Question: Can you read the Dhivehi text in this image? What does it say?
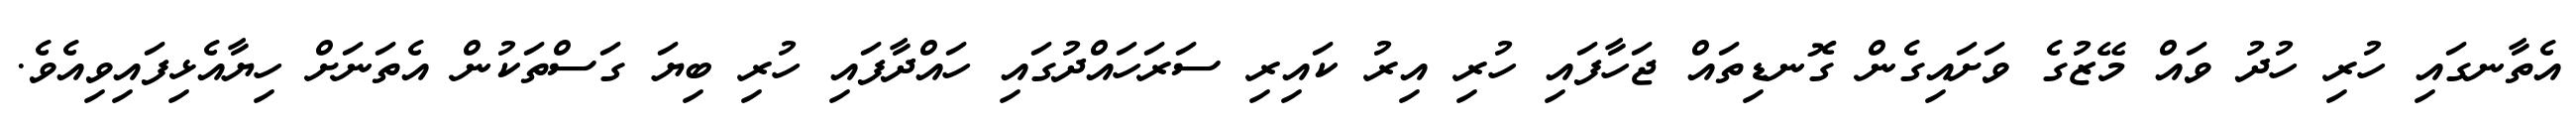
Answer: އެތާނގައި ހުރި ހުދު ވައް މޭޒުގެ ވަށައިގެން ގޮނޑިތައް ޖަހާފައި ހުރި އިރު ކައިރި ސަރަހައްދުގައި ހައްދާފައި ހުރި ބިޔަ ގަސްތަކުން އެތަނަށް ހިޔާއެޅިފައިވިއެވެ.